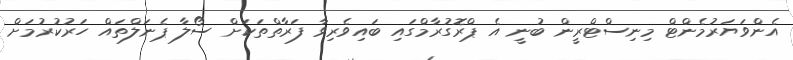
އެންވަޔަރުމެންޓް މިނިސްޓްރީން ބުނީ އެ ޕްރޮގުރާމްގައި ބައިވެރިވާ ފަރާތްތަކަށް ސޯލާ ޕެނަލްތައް ހަރުކުރުމަށް